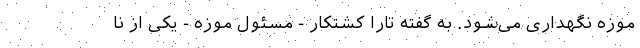
موزه نگهداری می‌شود. به گفته تارا کشتکار - مسئول موزه - یکی از نا